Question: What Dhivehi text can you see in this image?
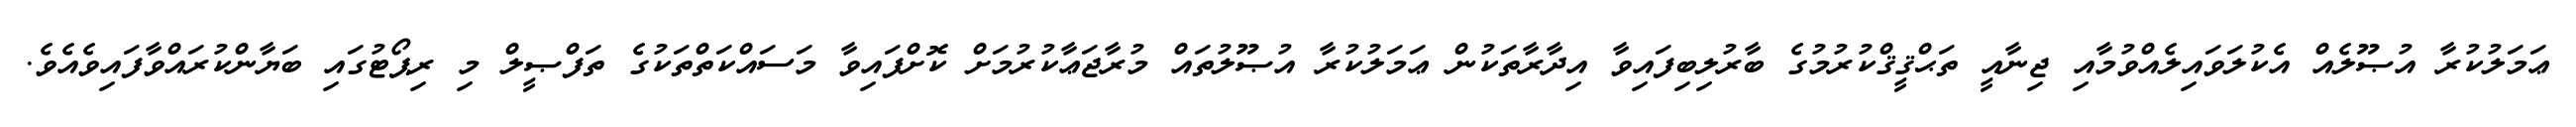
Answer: ޢަމަލުކުރާ އުޞޫލެއް އެކުލަވައިލެއްވުމާއި ޖިނާއީ ތަޙްޤީޤްކުރުމުގެ ބާރުލިބިފައިވާ އިދާރާތަކުން ޢަމަލުކުރާ އުޞޫލުތައް މުރާޖަޢާކުރުމަށް ކޮށްފައިވާ މަސައްކަތްތަކުގެ ތަފްޞީލް މި ރިޕޯޓުގައި ބަޔާންކުރައްވާފައިވެއެވެ.